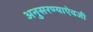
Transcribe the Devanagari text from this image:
अनुसरण्‍याऐवजी